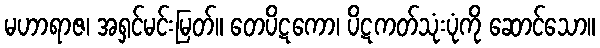
မဟာရာဇ၊ အရှင်မင်းမြတ်။ တေပိဋကော၊ ပိဋကတ်သုံးပုံကို ဆောင်သော။